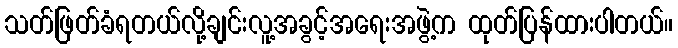
သတ်ဖြတ်ခံရတယ်လို့ချင်းလူ့အခွင့်အရေးအဖွဲ့က ထုတ်ပြန်ထားပါတယ်။